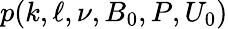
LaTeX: p(k,\ell,\nu,B_{0},P,U_{0})